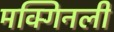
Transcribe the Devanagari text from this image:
मक्गिनली